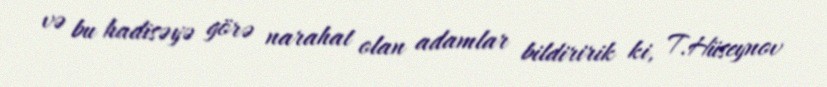
və bu hadisəyə görə narahat olan adamlar bildiririk ki, T.Hüseynov